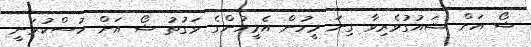
ޝޯ އަށް ޝައުގުވެރިވާ ގިނަ މީހުން އެމީހުންގެ ވަގުތު ޝޯ އަށް ހުސްކުރަނީ